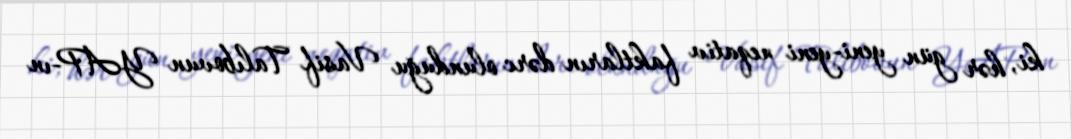
ki, hər gün yeni-yeni neqativ faktların dərc olunduğu Vasif Talıbovun YAP-ın